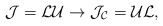
\begin{align*}\mathcal{J}=\mathcal{L}\mathcal{U} \rightarrow \mathcal{J}_\mathcal{C}= \mathcal{U}\mathcal{L},\end{align*}